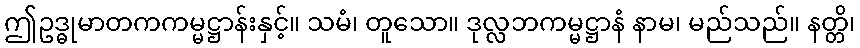
ဤဥဒ္ဓုမာတကကမ္မဋ္ဌာန်းနှင့်။ သမံ၊ တူသော။ ဒုလ္လဘကမ္မဋ္ဌာနံ နာမ၊ မည်သည်။ နတ္တိ၊